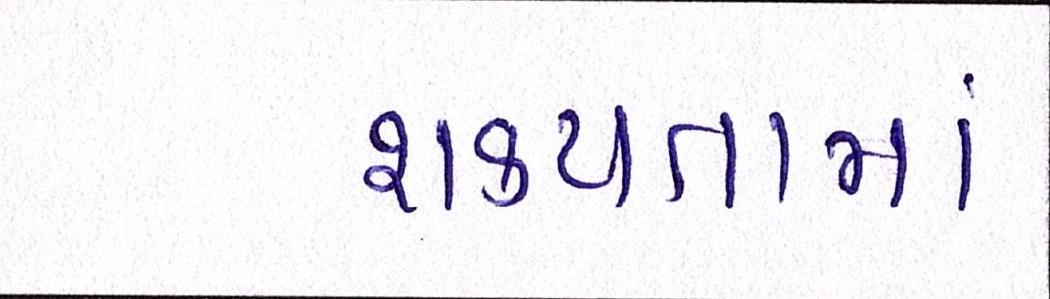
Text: શકયતામાં